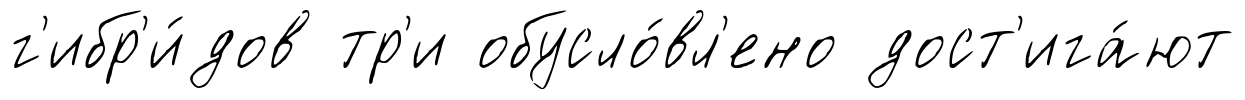
г'ибр'и́дов тр'и обусло́вл'ено дост'ига́ют